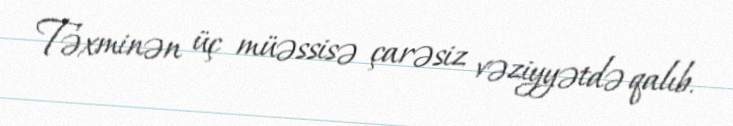
Təxminən üç müəssisə çarəsiz vəziyyətdə qalıb.